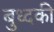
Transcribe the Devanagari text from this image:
बुध्दकी